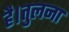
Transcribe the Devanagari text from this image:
है।तुलना